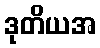
ဒုတိယအ